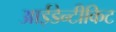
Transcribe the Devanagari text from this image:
आईडेन्टीकिट